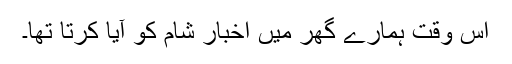
اس وقت ہمارے گھر میں اخبار شام کو آیا کرتا تھا۔